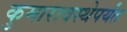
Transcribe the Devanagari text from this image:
कुमारावस्थेपर्यंत